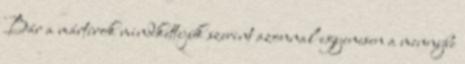
Bár a mártírok mindkettejük szerint azonnal egyenesen a mennybe